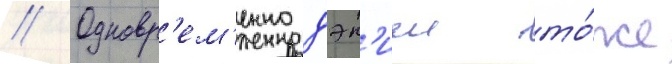
// Одновр'ем'енно дэн'иел то́же